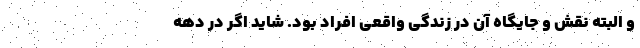
و البته نقش و جایگاه آن در زندگی واقعی افراد بود. شاید اگر در دهه